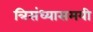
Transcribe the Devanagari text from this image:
त्रिसंध्यासमयी